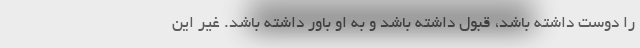
را دوست داشته باشد، قبول داشته باشد و به او باور داشته باشد. غیر این